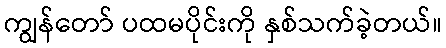
ကျွန်တော် ပထမပိုင်းကို နှစ်သက်ခဲ့တယ်။